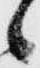
候